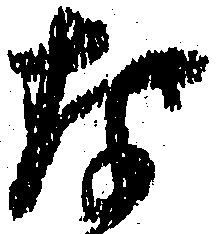
な